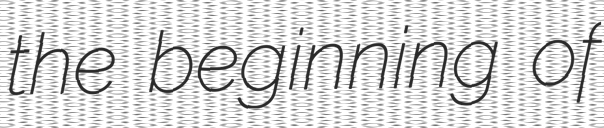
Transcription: the beginning of